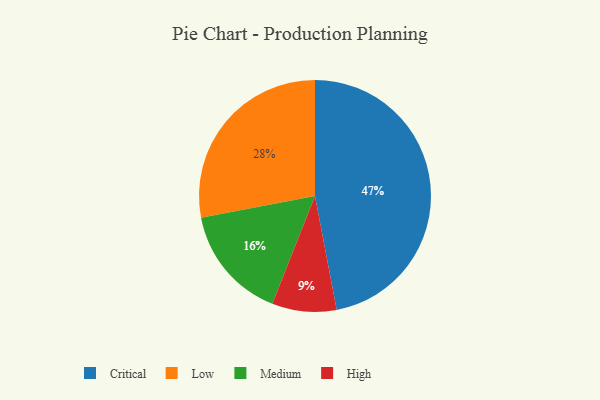
{"axis": {"x": "Category", "y": "Percentage"}, "legend": ["Critical", "High", "Low", "Medium"], "data": [{"x": "High", "y": 9, "type": "High"}, {"x": "Critical", "y": 47, "type": "Critical"}, {"x": "Medium", "y": 16, "type": "Medium"}, {"x": "Low", "y": 28, "type": "Low"}]}